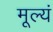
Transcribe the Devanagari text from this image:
मूल्यं